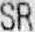
SR